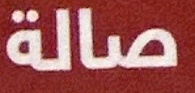
صالة